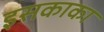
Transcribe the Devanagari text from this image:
इसकाका